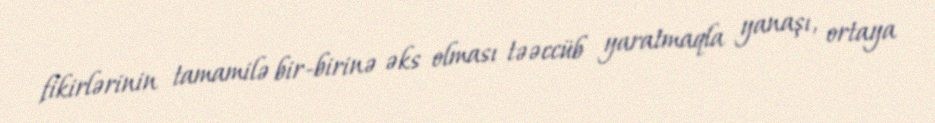
fikirlərinin tamamilə bir-birinə əks olması təəccüb yaratmaqla yanaşı, ortaya